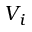
V _ { i }